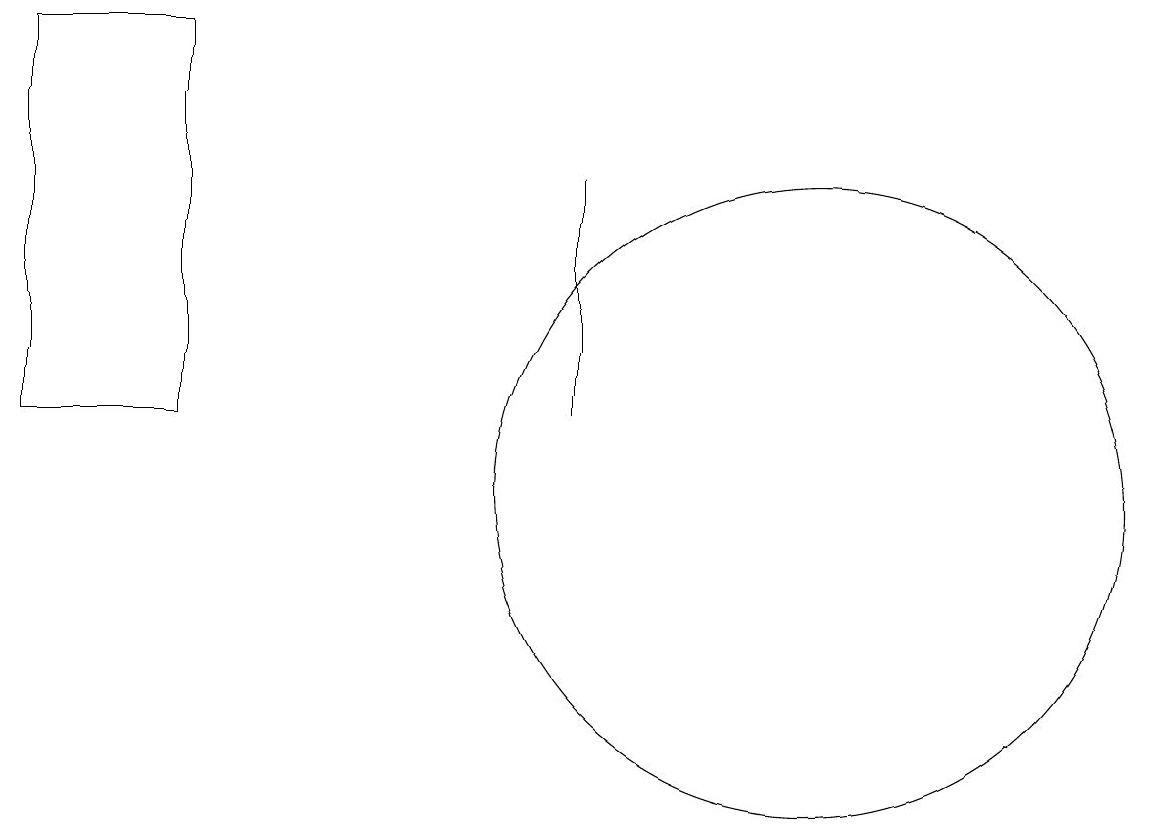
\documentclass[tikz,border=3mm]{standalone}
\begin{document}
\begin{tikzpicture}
\draw (10,11) circle (4);
\draw (7,12) rectangle (7,15);
\draw (2,17) rectangle (0,12);
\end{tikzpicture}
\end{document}